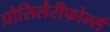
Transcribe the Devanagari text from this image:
प्रोसिलैरीफोर्म्स